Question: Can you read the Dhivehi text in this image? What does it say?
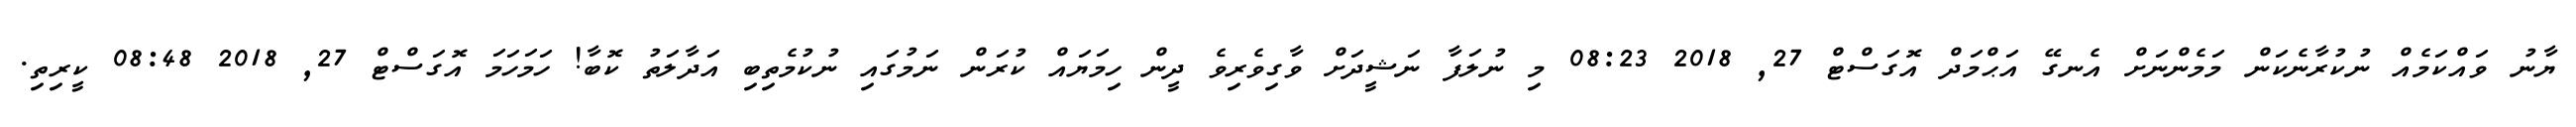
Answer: ޔާނު ވައްކަމެއް ނުކުރާނެކަން މަމެންނަށް އެނގޭ އަޙްމަދް އޮގަސްޓް 27, 2018 08:23 މި ނުލަފާ ނަޝީދަށް ވާގިވެރިވެ ދީން ހިމަޔައް ކުރަން ނަމުގައި ނުކުމެތިބި އަދާލަތު ކޮބާ! ހަމަހަމަ އޮގަސްޓް 27, 2018 08:48 ކީރިތި.